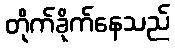
တိုက်ခိုက်နေသည်